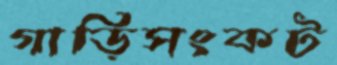
গাড়িসংকট